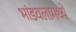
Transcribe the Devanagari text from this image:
भांडवलामध्ये